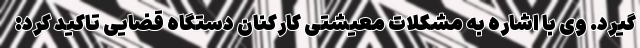
گیرد. وی با اشاره به مشکلات معیشتی کارکنان دستگاه قضایی تاکید کرد: